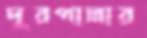
দূরপাল্লার